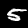
Label: 5